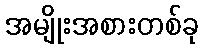
အမျိုးအစားတစ်ခု